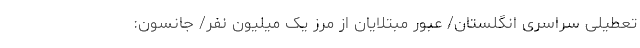
تعطیلی سراسری انگلستان/ عبور مبتلایان از مرز یک میلیون نفر/ جانسون: